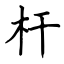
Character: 杆